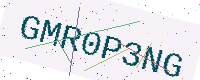
Text: GMR0P3NG